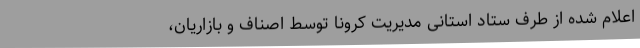
اعلام شده از طرف ستاد استانی مدیریت کرونا توسط اصناف و بازاریان،